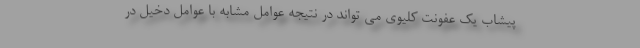
پیشاب یک عفونت کلیوی می تواند در نتیجه عوامل مشابه با عوامل دخیل در